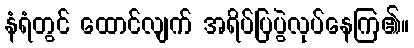
နံရံတွင် ထောင်လျက် အရိပ်ပြပွဲလုပ်နေကြ၏။